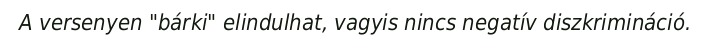
A versenyen "bárki" elindulhat, vagyis nincs negatív diszkrimináció.